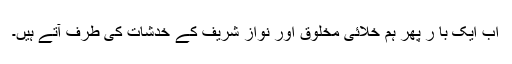
اب ایک با ر پھر ہم خلائی مخلوق اور نواز شریف کے خدشات کی طرف آتے ہیں۔